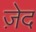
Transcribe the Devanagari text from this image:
ज़ेद